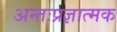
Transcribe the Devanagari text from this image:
अन्तःप्रज्ञात्मक